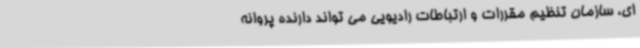
ای، سازمان تنظیم مقررات و ارتباطات رادیویی می تواند دارنده پروانه